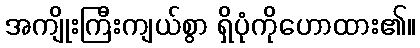
အကျိုးကြီးကျယ်စွာ ရှိပုံကိုဟောထား၏။